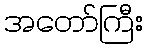
အတော်ကြီး